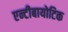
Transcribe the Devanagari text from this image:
एन्टीबायोटिक